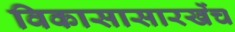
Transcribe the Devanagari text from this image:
विकासासारखेंच